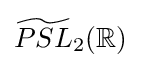
{\textstyle {\widetilde {PSL}}_{2}(\mathbb {R} )}